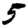
Digit: 5